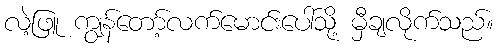
လဲ့ဖြူ ကျွန်တော့်လက်မောင်းပေါ်သို့ မှီချလိုက်သည်။